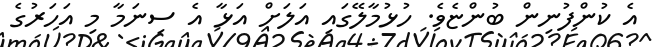
އެ ކުންފުނިން ބުންޏެވެ. ހުޅުމާލޭގައި އަލަށް އަޅާ އެ ސިނަމާ މި އަހަރުގެ